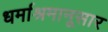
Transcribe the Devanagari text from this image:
धर्माश्रमानूसार